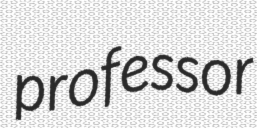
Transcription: professor